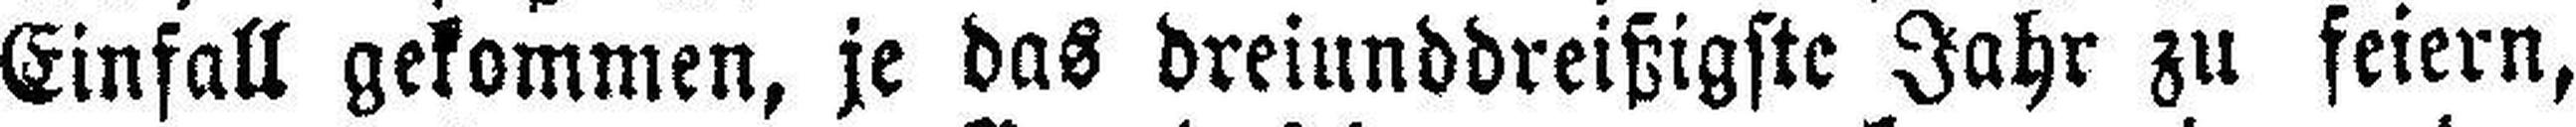
Einfall gekommen, je das dreiunddreißigste Jahr zu feiern,